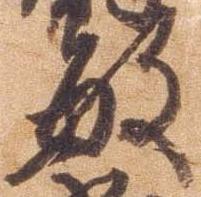
敏